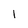
Character: l